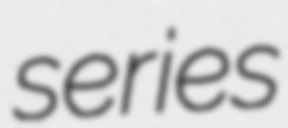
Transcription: series